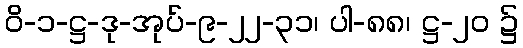
ဝိ-၁-ဋ္ဌ-ဒု-အုပ်-၉-၂၂-၃၁၊ ပါ-၈၈၊ ဋ္ဌ-၂၀ ၌